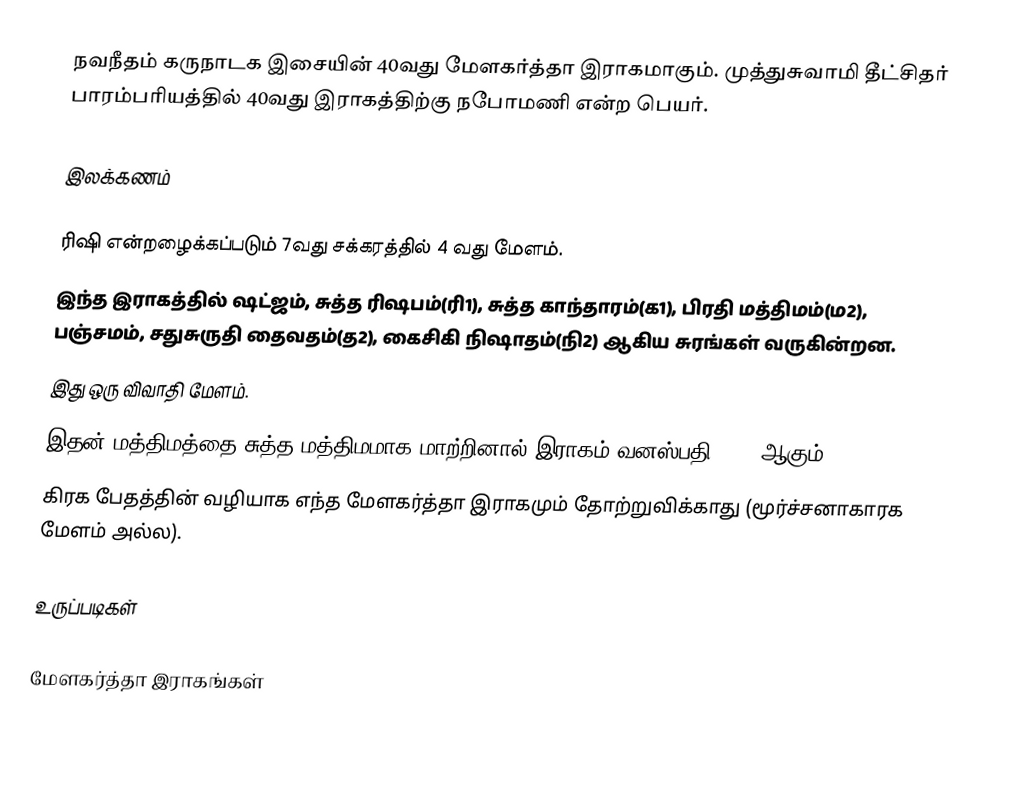
நவநீதம் கருநாடக இசையின் 40வது மேளகர்த்தா இராகமாகும். முத்துசுவாமி தீட்சிதர் பாரம்பரியத்தில் 40வது இராகத்திற்கு நபோமணி என்ற பெயர்.

இலக்கணம்

 ரிஷி என்றழைக்கப்படும் 7வது சக்கரத்தில் 4 வது மேளம்.
 இந்த இராகத்தில் ஷட்ஜம், சுத்த ரிஷபம்(ரி1), சுத்த காந்தாரம்(க1), பிரதி மத்திமம்(ம2), பஞ்சமம், சதுசுருதி தைவதம்(த2), கைசிகி நிஷாதம்(நி2) ஆகிய சுரங்கள் வருகின்றன.
 இது ஒரு விவாதி மேளம்.
 இதன் மத்திமத்தை சுத்த மத்திமமாக மாற்றினால் இராகம் வனஸ்பதி (04) ஆகும்.
 கிரக பேதத்தின் வழியாக எந்த மேளகர்த்தா இராகமும் தோற்றுவிக்காது (மூர்ச்சனாகாரக மேளம் அல்ல).

உருப்படிகள்

மேளகர்த்தா இராகங்கள்